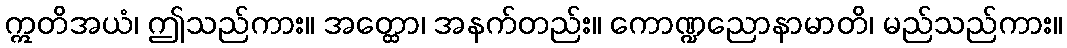
ဣတိအယံ၊ ဤသည်ကား။ အတ္ထော၊ အနက်တည်း။ ကောဏ္ဍညောနာမာတိ၊ မည်သည်ကား။